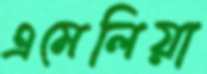
এমেলিয়া